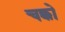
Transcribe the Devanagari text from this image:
चक्को